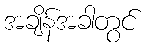
အချိန်အခါတွင်